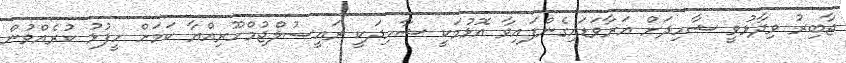
ޖާބިރު ވިދާޅުވީ ޝާހިދަށް އަރާވަޑައިގެންފައިވާ އޮޅުމަކީ ޝާހިދަކީ ރައީސުލްޖުމްހޫރިއްޔާ ކަމަށް ހީފުޅު ކުރެއްވުން